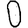
Digit: 0